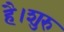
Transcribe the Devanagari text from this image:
है।शुरु